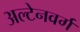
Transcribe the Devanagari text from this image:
अल्टेनवर्ग